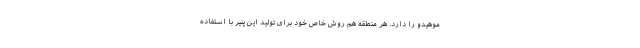
موهیدو را دارد. هر منطقه هم روش خاص خود برای تولید این پنیر با استفاده